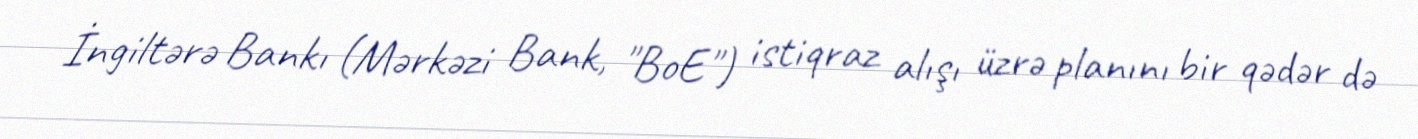
İngiltərə Bankı (Mərkəzi Bank, "BoE") istiqraz alışı üzrə planını bir qədər də